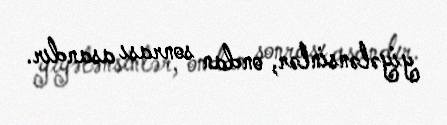
yiyələnsinlər, ondan sonrası asandır.